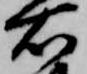
右